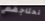
نحتاجهم